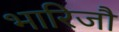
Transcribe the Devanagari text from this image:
भारिजौ